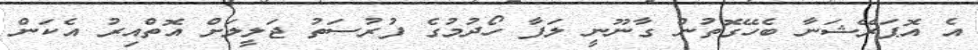
އެ އޮޕަރޭޝަނާ ބެހޭގޮތުން ގާނޫނީ ލަފާ ހޯދުމުގެ ފުރުސަތު ޖަލީލަށް އޮތްއިރު އެކަން